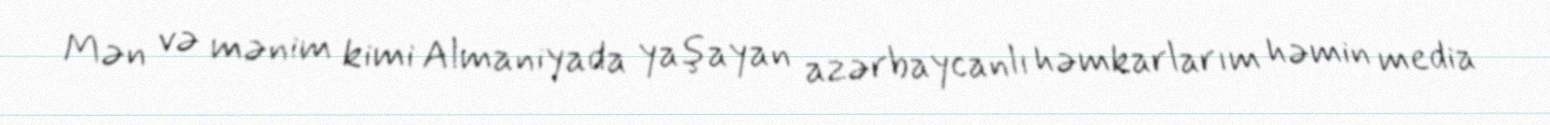
Mən və mənim kimi Almaniyada yaşayan azərbaycanlı həmkarlarım həmin media